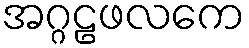
အဂ္ဂဠဖလကေ